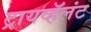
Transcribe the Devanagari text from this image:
ट्रायव्हॅलंट